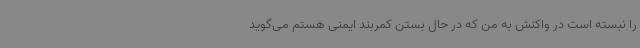
را نبسته است در واکنش به من که در حال بستن کمربند ایمنی هستم می‌گوید